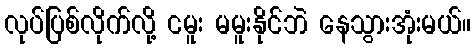
လုပ်ပြစ်လိုက်လို့ ငမူး မမူးနိုင်ဘဲ နေသွားအုံးမယ်။